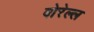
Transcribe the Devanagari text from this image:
वोरेल्ल